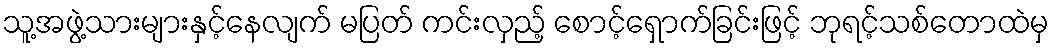
သူ့အဖွဲ့သားများနှင့်နေလျက် မပြတ် ကင်းလှည့် စောင့်ရှောက်ခြင်းဖြင့် ဘုရင့်သစ်တောထဲမှ